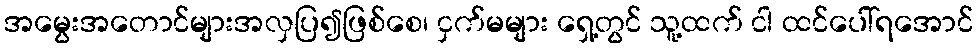
အမွေးအတောင်များအလှပြ၍ဖြစ်စေ၊ ငှက်မများ ရှေ့တွင် သူ့ထက် ငါ ထင်ပေါ်ရအောင်